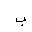
Letter: _ba